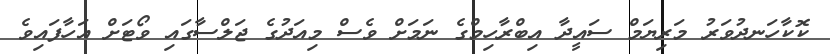
ކޮކާހަނދުވަރު މަރިޔަމް ސައީދާ އިބްރާހިމްގެ ނަމަށް ވެސް މިއަދުގެ ޖަލްސާގައި ވޯޓަށް އަހާފައިވެ